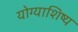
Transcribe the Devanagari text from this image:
योग्याशिष्य